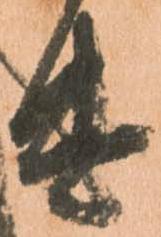
遣